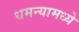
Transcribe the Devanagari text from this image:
धमन्यामध्ये